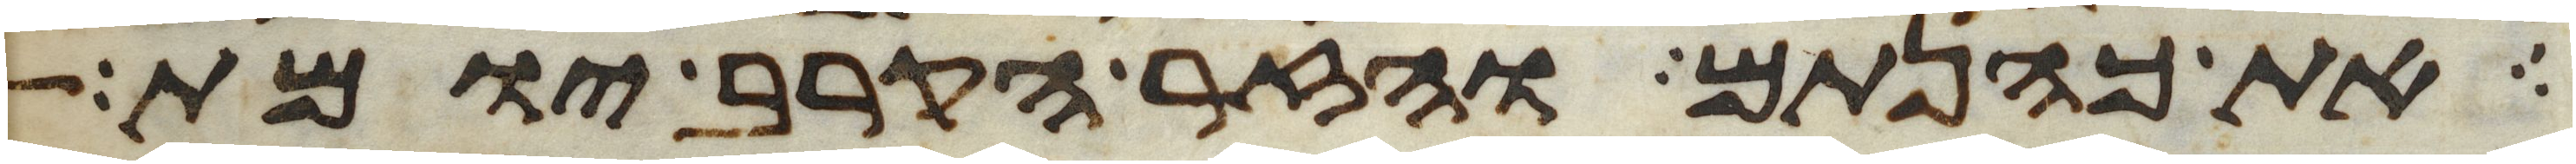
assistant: את כהנתם והזר הקרב יומת